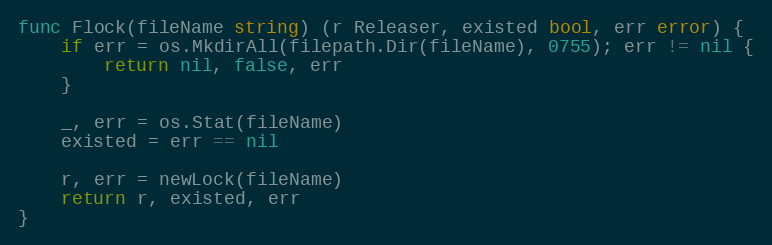
Language: Go
func Flock(fileName string) (r Releaser, existed bool, err error) {
	if err = os.MkdirAll(filepath.Dir(fileName), 0755); err != nil {
		return nil, false, err
	}

	_, err = os.Stat(fileName)
	existed = err == nil

	r, err = newLock(fileName)
	return r, existed, err
}